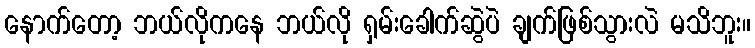
နောက်တော့ ဘယ်လိုကနေ ဘယ်လို ရှမ်းခေါက်ဆွဲပဲ ချက်ဖြစ်သွားလဲ မသိဘူး။